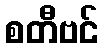
စတီဗင်